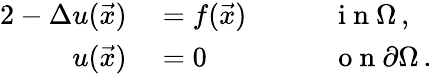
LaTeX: \begin{array}{rlrl}{{2}-\Delta u(\vec{x})}&{{}=f(\vec{x})\quad}&{}&{{}\mathrm{~i~n~}\Omega\, ,}\\ {u(\vec{x})}&{{}=0\quad}&{}&{{}\mathrm{~o~n~}\partial\Omega\, .}\end{array}